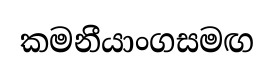
කමනීයාංගසමඟ